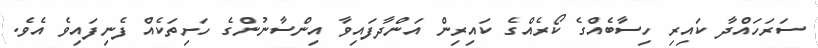
ސަރަހައްދާ ކައިރި ހިސާބެއްގެ ކޯރެއްގެ ކައިރިން އަންދާފައިވާ އިންސާނުންގެ ހަށިތަކެއް ފެނިފައިވެ އެވެ.